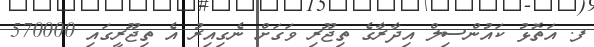
ފ. އަތޮޅު ކައުންސިލް އިދާރާގެ ތިޖޫރި ވަގަށް ނެގިއިރު އެ ތިޖޫރީގައި 570000